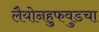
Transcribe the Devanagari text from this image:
लैयोनहुफवुडचा